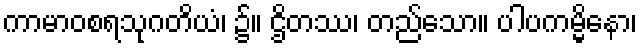
ကာမာဝစရသုဂတိယံ၊ ၌။ ဌိတဿ၊ တည်သော။ ပါပကမ္မိနော၊